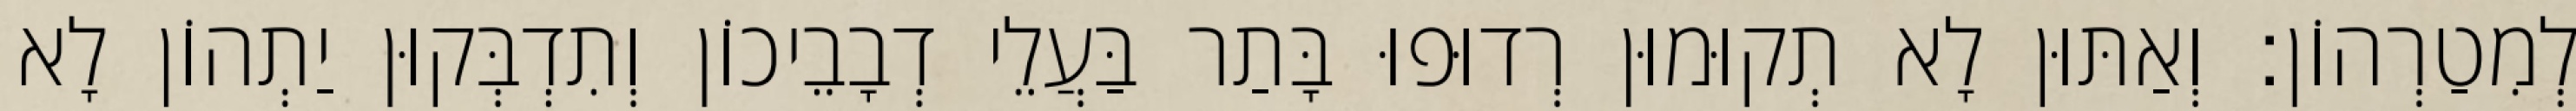
לְמִטַרְהוֹן׃ וְאַתּוּן לָא תְקוּמוּן רְדוּפוּ בָּתַר בַּעֲלֵי דְבָבֵיכוֹן וְתִדְבְּקוּן יַתְהוֹן לָא